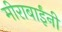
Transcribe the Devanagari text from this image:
मीराबाईंनी